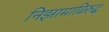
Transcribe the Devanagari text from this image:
निझामाविरुद्ध